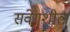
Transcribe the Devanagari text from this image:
संवेगशील